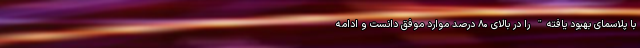
با پلاسمای بهبود یافته" را در بالای ۸۰ درصد موارد موفق دانست و ادامه